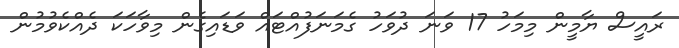
ރައީސް ޔާމީން މިމަހު 17 ވަނަ ދުވަހު ގެމަނަފުއްޓައް ވަޑައިގެން މިވާހަކަ ދެއްކެވުމުން